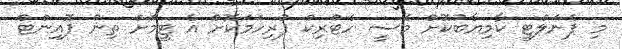
މި ޕެނަލްޓީ ކާމިޔާބުކޮށް މެސީ ހެޓްރިކް ފުރިހަމަކޮށް އެ ޓީމަށް ތިން ޕޮއިންޓް